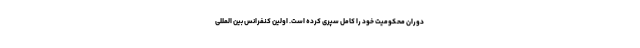
دوران محکومیت خود را کامل سپری کرده است. اولین کنفرانس بین المللی